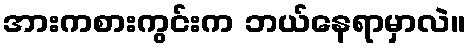
အားကစားကွင်းက ဘယ်နေရာမှာလဲ။